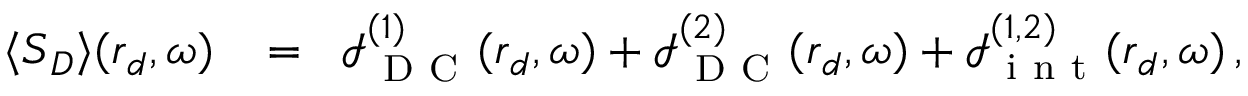
\begin{array} { r l r } { \langle \boldsymbol { S } _ { D } \rangle ( \boldsymbol { r } _ { d } , \omega ) } & { { } \! = } & { \! \boldsymbol { \mathcal { I } } _ { \mathrm { ~ D ~ C ~ } } ^ { ( 1 ) } ( \boldsymbol { r } _ { d } , \omega ) + \boldsymbol { \mathcal { I } } _ { \mathrm { ~ D ~ C ~ } } ^ { ( 2 ) } ( \boldsymbol { r } _ { d } , \omega ) + \boldsymbol { \mathcal { I } } _ { \mathrm { ~ i ~ n ~ t ~ } } ^ { ( 1 , 2 ) } ( \boldsymbol { r } _ { d } , \omega ) \, , \quad } \end{array}